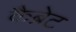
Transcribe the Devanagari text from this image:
कैब्रेट